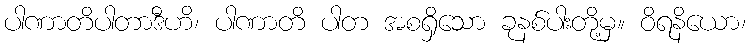
ပါဏာတိပါတာဒီဟိ၊ ပါဏာတိ ပါတ အစရှိသော ခုနစ်ပါးတို့မှ။ ဝိရနိယော၊